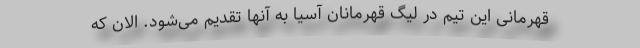
قهرمانی این تیم در لیگ قهرمانان آسیا به آنها تقدیم می‌شود. الان که